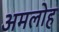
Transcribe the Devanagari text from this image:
अमलोह